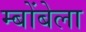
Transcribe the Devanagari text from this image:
म्बोंबेला